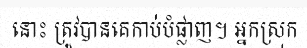
នោះ ត្រូវបានគេកាប់បំផ្លាញ។ អ្នកស្រុក